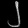
Digit: ၂